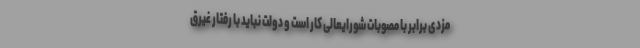
مزدی برابر با مصوبات شورایعالی کار است و دولت نباید با رفتار غیرق